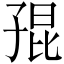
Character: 𡥵